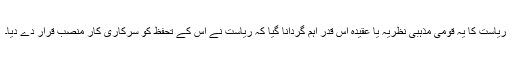
ریاست کا یہ قومی مذہبی نظریہ یا عقیدہ اس قدر اہم گردانا گیا کہ ریاست نے اس کے تحفظ کو سرکاری کارِ منصب قرار دے دیا۔